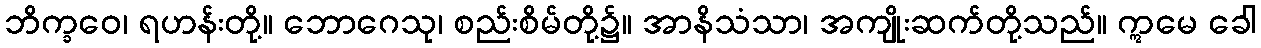
ဘိက္ခဝေ၊ ရဟန်းတို့။ ဘောဂေသု၊ စည်းစိမ်တို့၌။ အာနိသံသာ၊ အကျိုးဆက်တို့သည်။ ဣမေ ခေါ